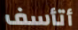
أتأسف